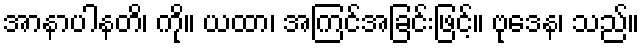
အာနာပါနတိ၊ ကို။ ယထာ၊ အကြင်အခြင်းဖြင့်။ ဗုဒေန၊ သည်။